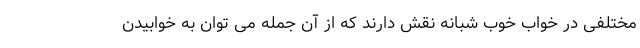
مختلفی در خواب خوب شبانه نقش دارند که از آن جمله می توان به خوابیدن